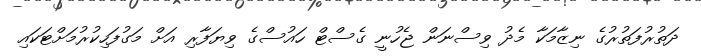
ދަތުރުފަތުރުގެ ނިޒާމަކާ މެދު ވިސްނަން ޖެހުނީ ގެސްޓް ހައުސްގެ ވިޔަފާރި އަށް މަގުފަހިކުރުމަށްޓަކައި